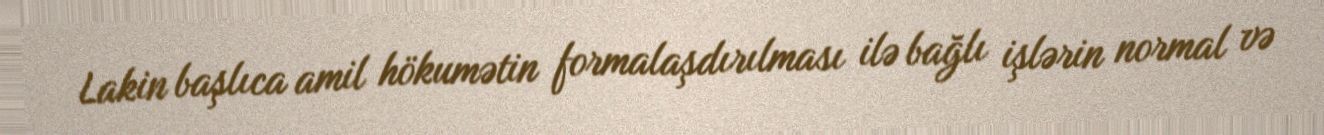
Lakin başlıca amil hökumətin formalaşdırılması ilə bağlı işlərin normal və